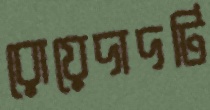
রোয়েদাদটি